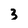
Character: 3